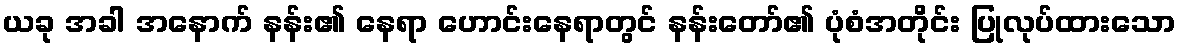
ယခု အခါ အနောက် နန်း၏ နေရာ ဟောင်းနေရာတွင် နန်းတော်၏ ပုံစံအတိုင်း ပြုလုပ်ထားသော